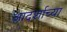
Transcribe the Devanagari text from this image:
आदर्शाच्‍या